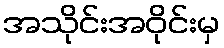
အသိုင်းအဝိုင်းမှ